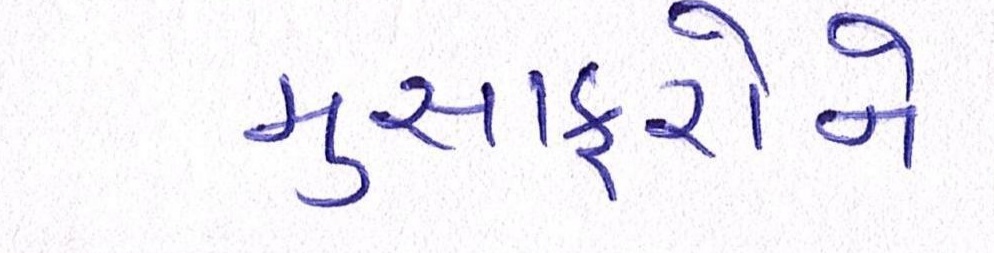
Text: મુસાફરોને